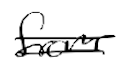
Text: from
Cross-out: double-line
Writing tool: digital_black